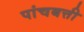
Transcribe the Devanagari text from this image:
पांचबत्ती